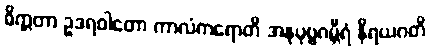
ဓိက္ကတာ ဥဒရဝါတော ကာလံကရောတိ အနုပုဗ္ဗဂမ္ဘီရံ နိရယဂတိ